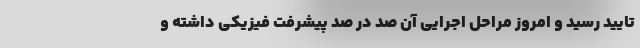
تایید رسید و امروز مراحل اجرایی آن صد در صد پیشرفت فیزیکی داشته و